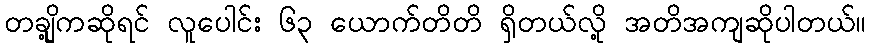
တချို့ကဆိုရင် လူပေါင်း ၆၃ ယောက်တိတိ ရှိတယ်လို့ အတိအကျဆိုပါတယ်။